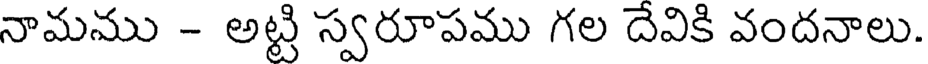
నామము - అట్టి స్వరూపము గల దెవికి వందనాలు.